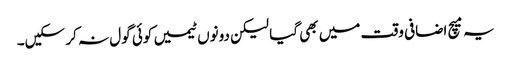
یہ میچ اضافی وقت میں بھی گیا لیکن دونوں ٹیمیں کوئی گول نہ کر سکیں۔